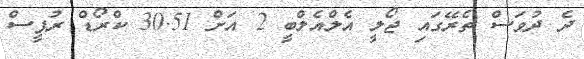
ދެ ދުވަސް ތެރޭގައި ޖޯލީ އެލްއެލްބީ 2 އަށް 30.51 ކްރޯޑް ރުޕީސް